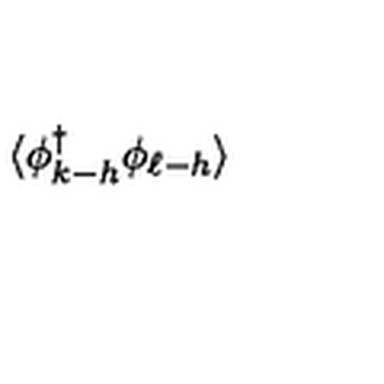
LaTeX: \langle \phi _ { k - h } ^ { \dagger } \phi _ { \ell - h } \rangle